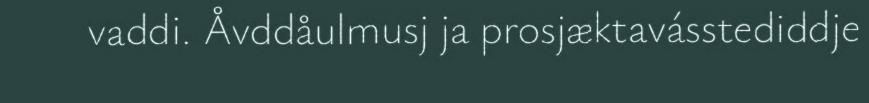
vaddi. Åvddåulmusj ja prosjæktavásstediddje